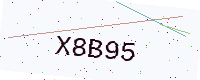
Text: X8B95